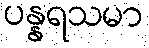
ပန္နရသမာ